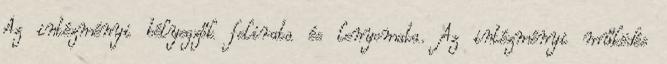
Az intézményi bélyegzők felirata és lenyomata. Az intézményi működés